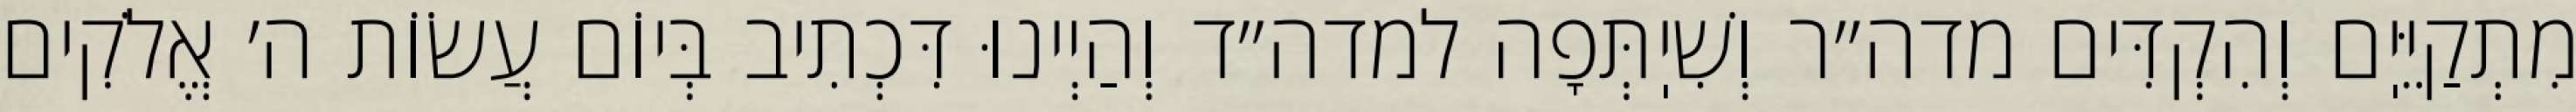
מִתְקַיֵּיֽם וְהִקְדִּים מדה״ר וְשִׁיֽתְּפָה למדה״ד וְהַיְינוּ דִּכְתִיב בְּיוֹם עֲשׂוֹת ה׳ אֱלֹקִים